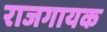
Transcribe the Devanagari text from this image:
राजगायक